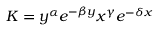
K = y ^ { \alpha } e ^ { - \beta y } x ^ { \gamma } e ^ { - \delta x }